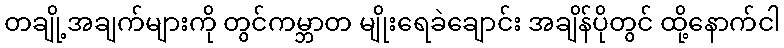
တချို့အချက်များကို တွင်ကမ္ဘာတ မျိုးရေခဲချောင်း အချိန်ပိုတွင် ထို့နောက်ငါ